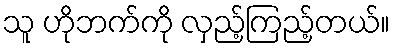
သူ ဟိုဘက်ကို လှည့်ကြည့်တယ်။